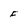
Character: F